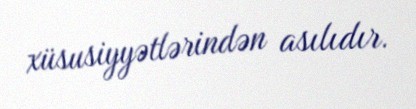
xüsusiyyətlərindən asılıdır.